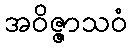
အဝိဇ္ဇာသဝံ